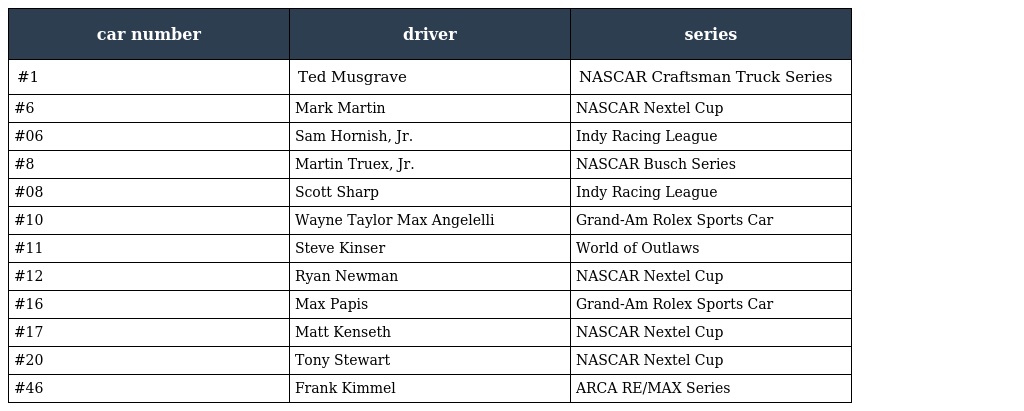
| car number | driver | series |
 | --- | --- | --- |
 | #1 | Ted Musgrave | NASCAR Craftsman Truck Series |
 | #6 | Mark Martin | NASCAR Nextel Cup |
 | #06 | Sam Hornish, Jr. | Indy Racing League |
 | #8 | Martin Truex, Jr. | NASCAR Busch Series |
 | #08 | Scott Sharp | Indy Racing League |
 | #10 | Wayne Taylor Max Angelelli | Grand-Am Rolex Sports Car |
 | #11 | Steve Kinser | World of Outlaws |
 | #12 | Ryan Newman | NASCAR Nextel Cup |
 | #16 | Max Papis | Grand-Am Rolex Sports Car |
 | #17 | Matt Kenseth | NASCAR Nextel Cup |
 | #20 | Tony Stewart | NASCAR Nextel Cup |
 | #46 | Frank Kimmel | ARCA RE/MAX Series |